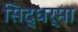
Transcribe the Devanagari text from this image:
सिद्धर्मा